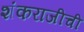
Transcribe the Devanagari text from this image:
शंकराजीची